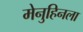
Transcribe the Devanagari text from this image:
मेनुहिनला